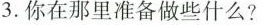
3.你在那里准备做些什么？